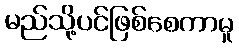
မည်သို့ပင်ဖြစ်စေကာမူ